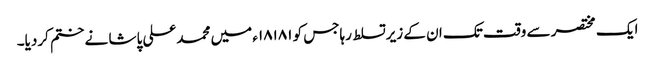
ایک مختصر سے وقت تک ان کے زیرتسلط رہاجس کو ۱۸۱۸۱ء میں محمدعلی پاشا نے ختم کردیا۔